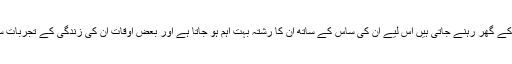
یہاں چونکہ زیادہ تر خواتین شادی کے بعد اپنے شوہر کے گھر رہنے جاتی ہیں اس لیے ان کی ساس کے ساتھ ان کا رشتہ بہت اہم ہو جاتا ہے اور بعض اوقات ان کی زندگی کے تجربات ساس کی مثالی خراب ساکھ میں مزید اضافہ کرتے ہیں۔